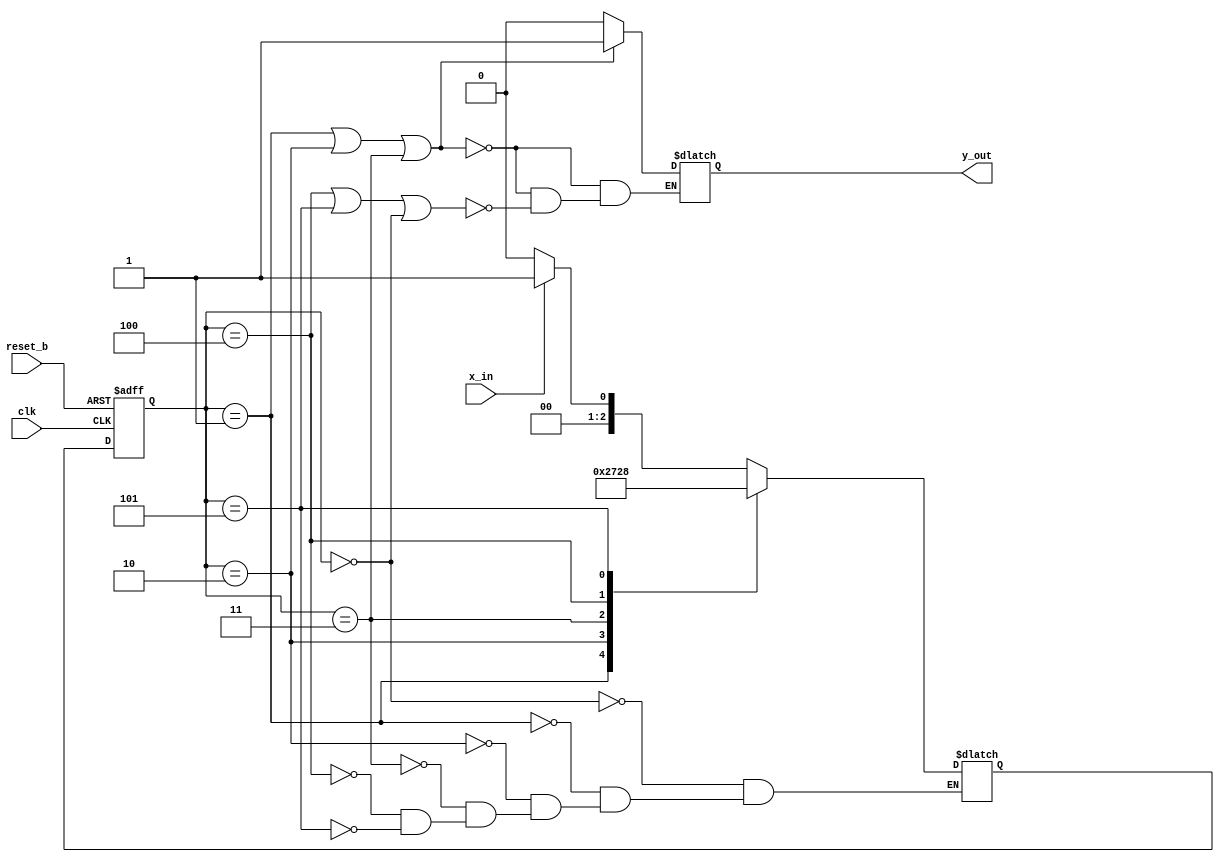
    		module StateDiagram (output reg y_out, input x_in, clk, reset_b);
     		reg [2:0] state, next_state;
     		parameter S0 = 3'b000, S1 = 3'b001, S2 = 3'b010, S3 = 3'b011, S4 = 3'b100, S5 = 3'b101;
     		
     			always @(posedge clk, negedge reset_b)
    			begin 	
     					if(reset_b == 0)
     						state <= S0;
     					else
    						state <= next_state;
   						
   			end
   			
   			always @(state, x_in, y_out)
   			begin
   			case(state)
  				S0: if(x_in == 1'b1) next_state <= S1;else next_state <= S0;
  				S1: next_state <= S2;
  				S2: next_state <= S3;
  				S3: next_state <= S4;
  				S4: next_state <= S5;
   				S5: next_state <= S0;
   			endcase
    		
   			if(state == S1 || state == S2 || state == S3)
   				begin
   				y_out = 1'b1;
   				end
   			else if(state == S4 || state == S5 || state == S0)
   				begin
   				y_out = 1'b0;
   				end
   			end
   		endmodule